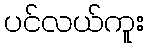
ပင်လယ်ကူး